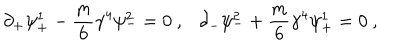
\partial _ { + } \psi _ { + } ^ { 1 } - \frac { m } { 6 } \gamma ^ { 4 } \psi _ { - } ^ { 2 } = 0 ~ , \partial _ { - } \psi _ { - } ^ { 2 } + \frac { m } { 6 } \gamma ^ { 4 } \psi _ { + } ^ { 1 } = 0 ~ ,